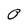
Character: O